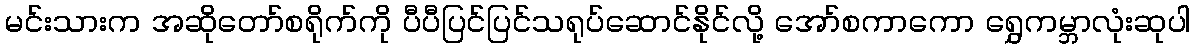
မင်းသားက အဆိုတော်စရိုက်ကို ပီပီပြင်ပြင်သရုပ်ဆောင်နိုင်လို့ အော်စကာကော ရွှေကမ္ဘာလုံးဆုပါ